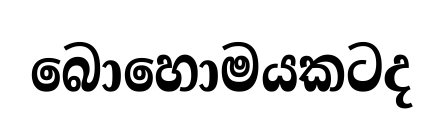
බොහොමයකටද